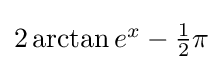
{\textstyle 2\arctan e^{x}-{\tfrac {1}{2}}\pi }